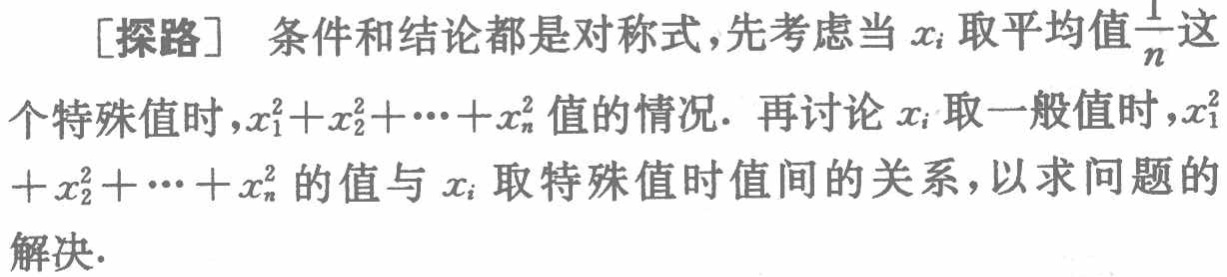
[探路] 条件和结论都是对称式,先考虑当 \(x_{i}\) 取平均值\(\frac{1}{n}\)这个特殊值时，\(x_{1}^{2}+x_{2}^{2}+\cdots +x_{n}^{2}\)值的情况. 再讨论 \(x_{i}\) 取一般值时，\(x_{1}^{2}+x_{2}^{2}+\cdots +x_{n}^{2}\)的值与 \(x_{i}\) 取特殊值时值间的关系，以求问题的解决.